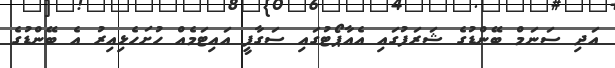
އަދި ސަނަމް ބޭންޑުގެ ޝަރަފުގައި އެއާޕޯޓުގައި ސަގާފީ އައިޓަމެއް ހުށަހެޅިއިރު އެ ބޭންޑުގެ